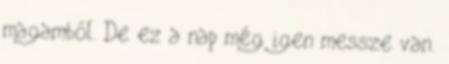
magamból. De ez a nap még igen messze van.